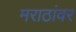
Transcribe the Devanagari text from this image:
मराठांवर